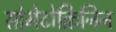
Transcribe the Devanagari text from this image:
सोमेटोक्रिनिन